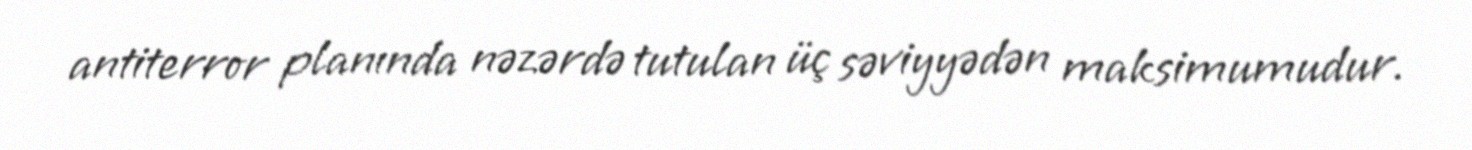
antiterror planında nəzərdə tutulan üç səviyyədən maksimumudur.